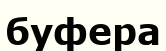
буфера